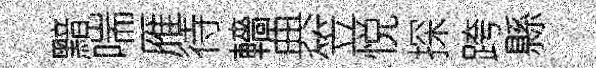
黯喘雁待轖典笠悦探跨縣